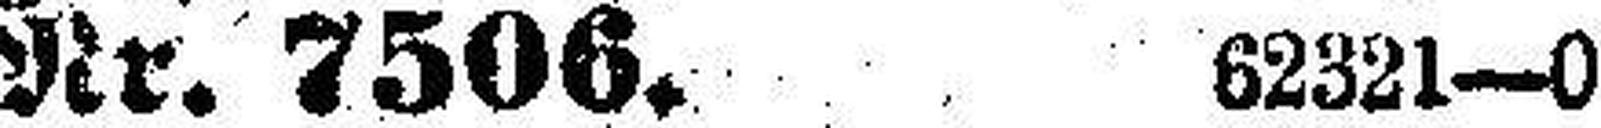
Nr. 7506. 62321—0